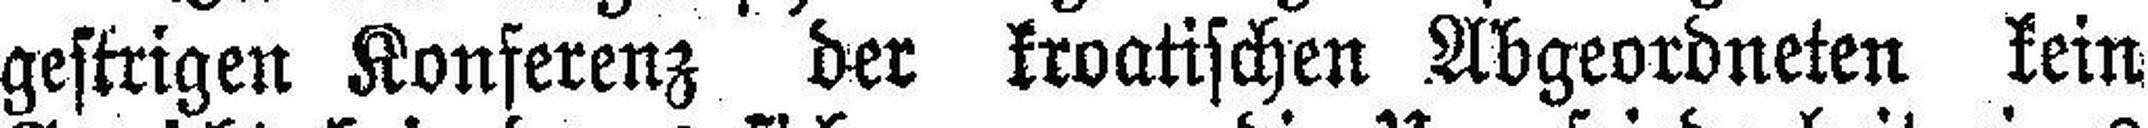
gestrigen Konferenz der kroatischen Abgeordneten kein